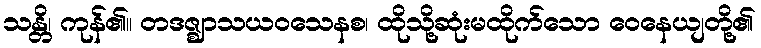
သန္တိ၊ ကုန်၏။ တဒဇ္ဈာသယဝသေနစ၊ ထိုသို့ဆုံးမထိုက်သော ဝေနေယျတို့၏